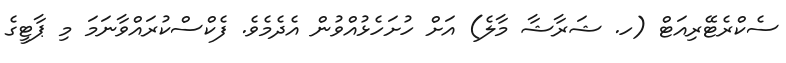
ސެކްރެޓޭރިއަޓް (ހ. ޝަރާޝާ މާލެ) އަށް ހުށަހެޅުއްވުން އެދެމެވެ. ފެކްސްކުރައްވާނަމަ މި ޕާޓީގެ